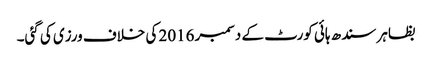
بظاہر سندھ ہائی کورٹ کے دسمبر 2016 کی خلاف ورزی کی گئی۔